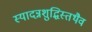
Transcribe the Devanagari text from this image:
स्यादन्नशुद्धिस्तथैव